Mental hospitals Bombay report 1921-28 - 1921-1928
Year: 1921
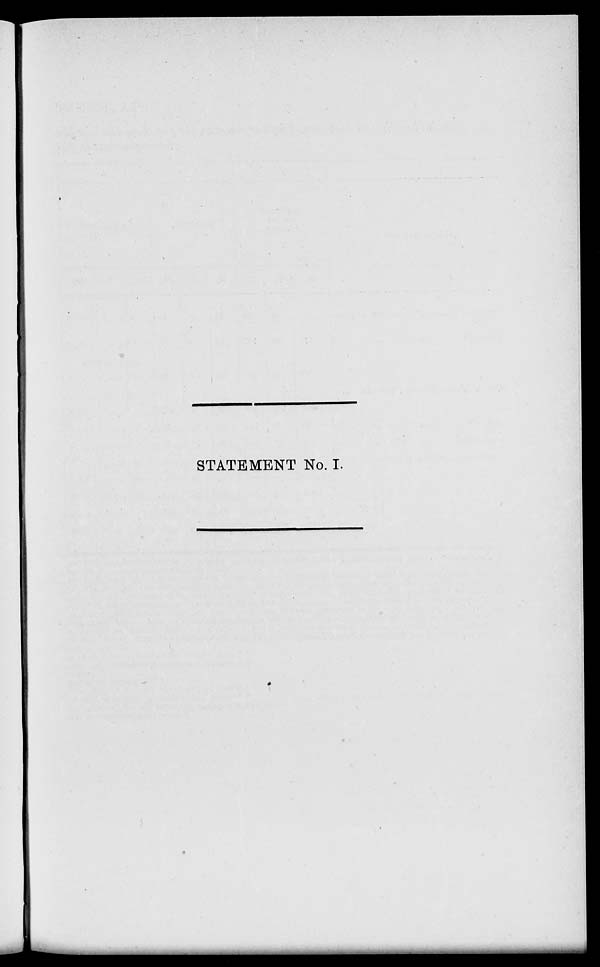
STATEMENT No. I.